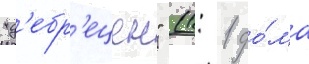
"д'ебр'ецен" (1: 1 до́ма